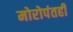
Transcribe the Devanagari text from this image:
मोरोपंतही